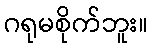
ဂရုမစိုက်ဘူး။